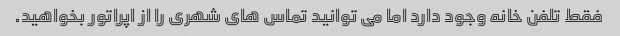
فقط تلفن خانه وجود دارد اما می توانید تماس های شهری را از اپراتور بخواهید.